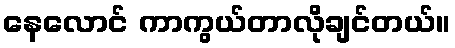
နေလောင် ကာကွယ်တာလိုချင်တယ်။